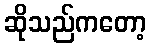
ဆိုသည်ကတော့